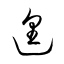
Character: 遑